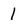
Character: 1